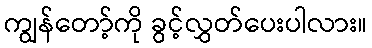
ကျွန်တော့်ကို ခွင့်လွှတ်ပေးပါလား။